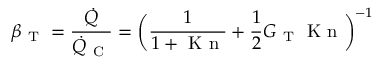
\beta _ { \mathrm { ~ T ~ } } = \frac { \dot { Q } } { \dot { Q } _ { \mathrm { ~ C ~ } } } = \bigg ( \frac { 1 } { 1 + \mathrm { ~ K ~ n ~ } } + \frac { 1 } { 2 } G _ { \mathrm { ~ T ~ } } \mathrm { ~ K ~ n ~ } \bigg ) ^ { - 1 }